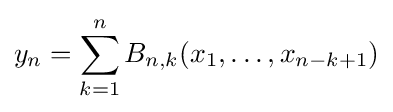
y_{n}=\sum _{k=1}^{n}B_{n,k}(x_{1},\ldots ,x_{n-k+1})